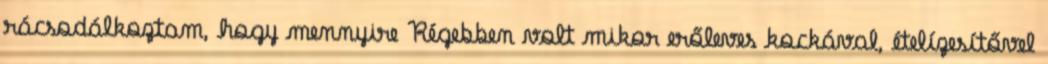
rácsodálkoztam, hogy mennyire Régebben volt mikor erőleves kockával, ételízesítővel